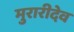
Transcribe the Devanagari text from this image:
मुरारीदेव